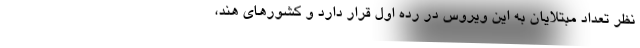
نظر تعداد مبتلایان به این ویروس در رده اول قرار دارد و کشورهای هند،